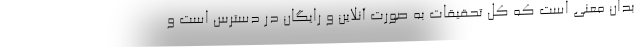
بدان معنی است که کل تحقیقات به صورت آنلاین و رایگان در دسترس است و